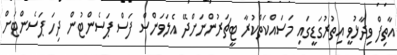
އާތިފް ވިދާޅުވީ އިތުރުގަޑީގައި މަސައްކަތްކުރާ ޓީޗަރުންނަށްދޭ އެލަވަންސް ފަސް ޕަސެންޓުން ދިހަ ޕަސެންޓަށް